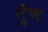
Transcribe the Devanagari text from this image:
गुंण